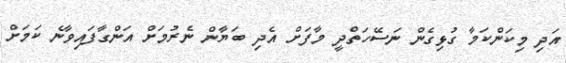
އަދި މިކަންކަމާ ގުޅިގެން ނަސޭހަތްދީ މާފަށް އެދި ބަޔާން ނެރުމަށް އަންގާފައިވާނެ ކަަަމަށް